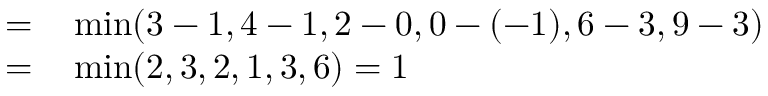
\begin{array} { r l } { = } & { { } \operatorname* { m i n } ( 3 - 1 , 4 - 1 , 2 - 0 , 0 - ( - 1 ) , 6 - 3 , 9 - 3 ) } \\ { = } & { { } \operatorname* { m i n } ( 2 , 3 , 2 , 1 , 3 , 6 ) = 1 } \end{array}